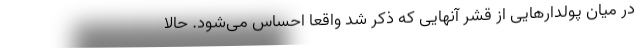
در میان پولدارهایی از قشر آنهایی که ذکر شد واقعا احساس می‌شود. حالا